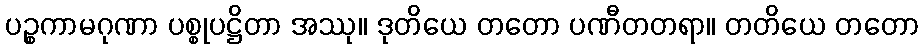
ပဉ္စကာမဂုဏာ ပစ္စုပဋ္ဌိတာ အဿု။ ဒုတိယေ တတော ပဏီတတရာ။ တတိယေ တတော